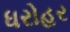
ધરોહર